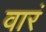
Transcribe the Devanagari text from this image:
वारं